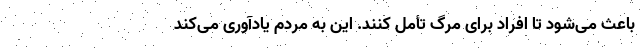
باعث می‌شود تا افراد برای مرگ تأمل کنند. این به مردم یادآوری می‌کند